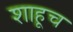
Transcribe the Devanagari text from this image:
शाहूच